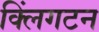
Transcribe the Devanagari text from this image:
क्लिंगटन